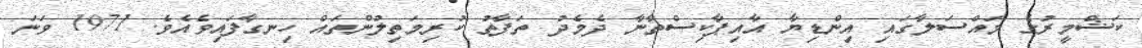
ކަޝްމީރުގެ މައްސަލާގައި އިންޑިޔާ އާއިޕާކިސްތާނާ ދެމެދު ތަފާތު ކުރިމަތިލުންތައް ހިނގާފައިވެއެވެ. 1971 ވަނަ